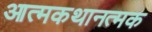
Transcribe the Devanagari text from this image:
आत्मकथानत्मक